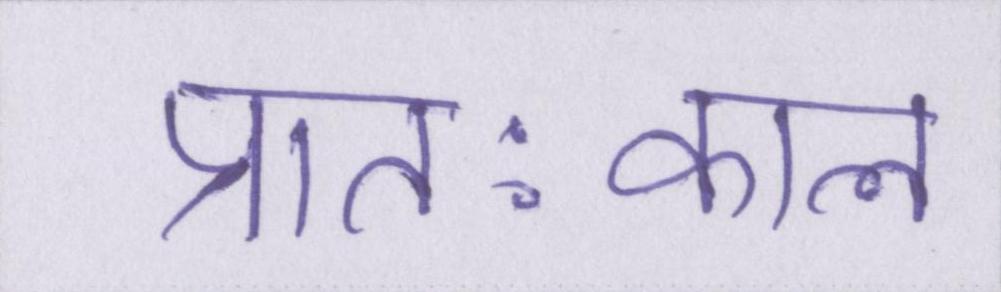
प्रातःकाल